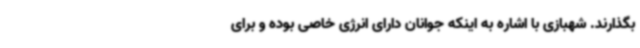
بگذارند. شهبازی با اشاره به اینکه جوانان دارای انرژی خاصی بوده و برای